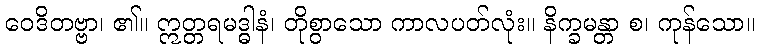
ဝေဒိတဗ္ဗာ၊ ၏။ ဣတ္တရမဒ္ဓါနံ၊ တိုစွာသော ကာလပတ်လုံး။ နိက္ခမန္တာ စ၊ ကုန်သော။